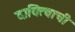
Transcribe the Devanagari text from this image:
दायित्वाची